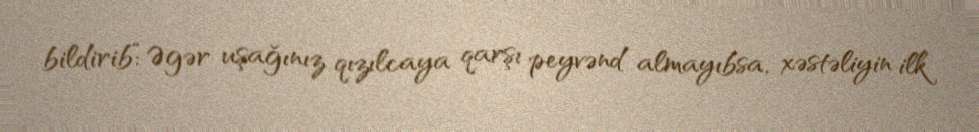
bildirib:“Əgər uşağınız qızılcaya qarşı peyvənd almayıbsa, xəstəliyin ilk